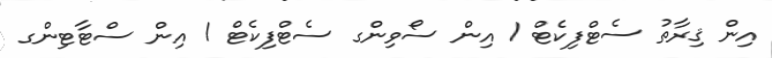
އިން ޤިރާތު ސެޓްފިކެޓް 1 އިން ސޯވިންގ ސެޓްފިކެޓް 1 އިން ސްޓާޓިންގ